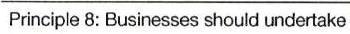
Principle 8: Businesses should undertake